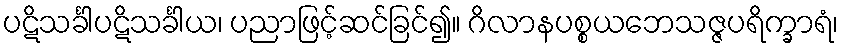
ပဋိသင်္ခါပဋိသင်္ခါယ၊ ပညာဖြင့်ဆင်ခြင်၍။ ဂိလာနပစ္စယဘေသဇ္ဇပရိက္ခာရံ၊